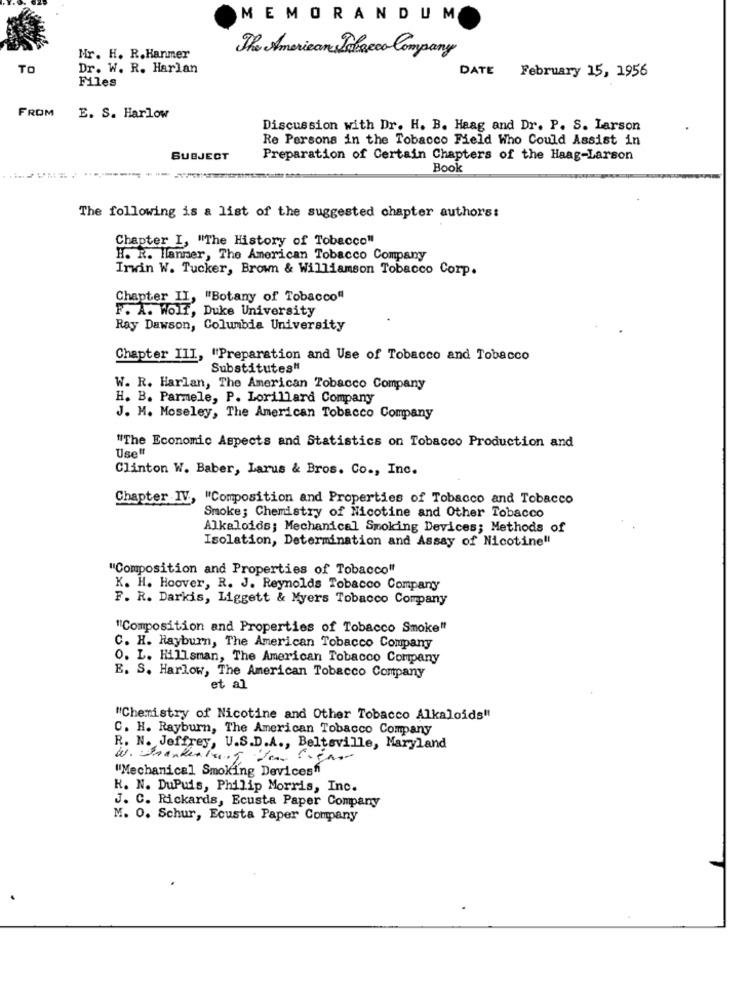
MEMORANDUM
Mr. H. R. Hanmer
The American Tobacco Company
TO
Dr. W. R. Harlan
DATE
February 15, 1956
Files
FROM
E. S. Harlow
Discussion with Dr. H. B. Haag and Dr. P. S. Larson
Re Persons in the Tobacco Field Who Could Assist in
SUBJECT
Preparation of Certain Chapters of the Haag-Larson
Book
The following is a list of the suggested chapter authors:
Chapter I, "The History of Tobacco"
H. R. Hanner, The American Tobacco Company
Irwin W. Tucker, Brown & Williamson Tobacco Corp.
Chapter II, "Botany of Tobacco"
F. A. Wolf, Duke University
Ray Dawson, Columbia University
Chapter III, "Preparation and Use of Tobacco and Tobacco
Substitutes"
W. R. Harlan, The American Tobacco Company
H. B. Parmele, P. Lorillard Company
J. M. Moseley, The American Tobacco Company
"The Economic Aspects and Statistics on Tobacco Production and
Use#
Clinton W. Baber, Larus & Bros. Co ., Inc.
Chapter IV, "Composition and Properties of Tobacco and Tobacco
Smoke; Chemistry of Nicotine and Other Tobacco
Alkaloids; Mechanical Smoking Devices; Methods of
Isolation, Determination and Assay of Nicotine !!
"Composition and Properties of Tobacco"
K. H. Hoover, R. J. Reynolds Tobacco Company
F. R. Darkis, Liggett & Myers Tobacco Company
"Composition and Properties of Tobacco Smoke"
C. H. Rayburn, The American Tobacco Company
O. L. Hillsman, The American Tobacco Company
E. S. Harlow, The American Tobacco Company
et al
"Chemistry of Nicotine and Other Tobacco Alkaloids"
C. H. Rayburn, The American Tobacco Company
R. N. Jeffrey, U.S.D.A ., Beltsville, Maryland
"Mechanical Smoking Devices"
K. N. DuPuis, Philip Morris, Inc.
J. C. Rickards, Ecusta Paper Company
M. O. Schur, Ecusta Paper Company